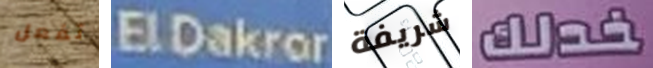
تفعل ElDakror شريفة خدلك